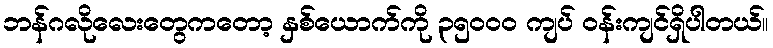
ဘန်ဂလိုလေးတွေကတော့ နှစ်ယောက်ကို ၃၅၀၀၀ ကျပ် ဝန်းကျင်ရှိပါတယ်။